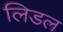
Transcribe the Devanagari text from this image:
लिडल